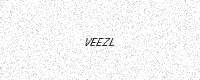
Text: VEEZL